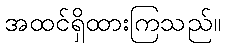
အထင်ရှိထားကြသည်။